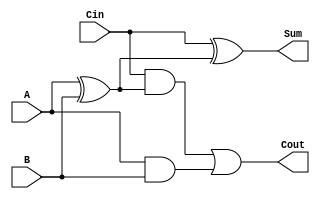
`timescale 1ns / 1ps
//////////////////////////////////////////////////////////////////////////////////
// Company: 
// Engineer: 
// 
// Design Name: 
// Module Name:    lab_part1 
// Project Name: 
// Target Devices: 
// Tool versions: 
// Description: 
//
// Dependencies: 
//
// Revision: 
// Revision 0.01 - File Created
// Additional Comments: 
//
//////////////////////////////////////////////////////////////////////////////////
module fulladder (
    input A,
    input B,
    input Cin,
    output Sum,
	 output Cout
    );

	wire X;
	assign X = A ^ B;
	assign Sum = Cin ^ X;
	assign Cout = (Cin & X) | (A & B);

endmodule